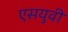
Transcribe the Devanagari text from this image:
एसयुवी